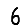
Digit: 6